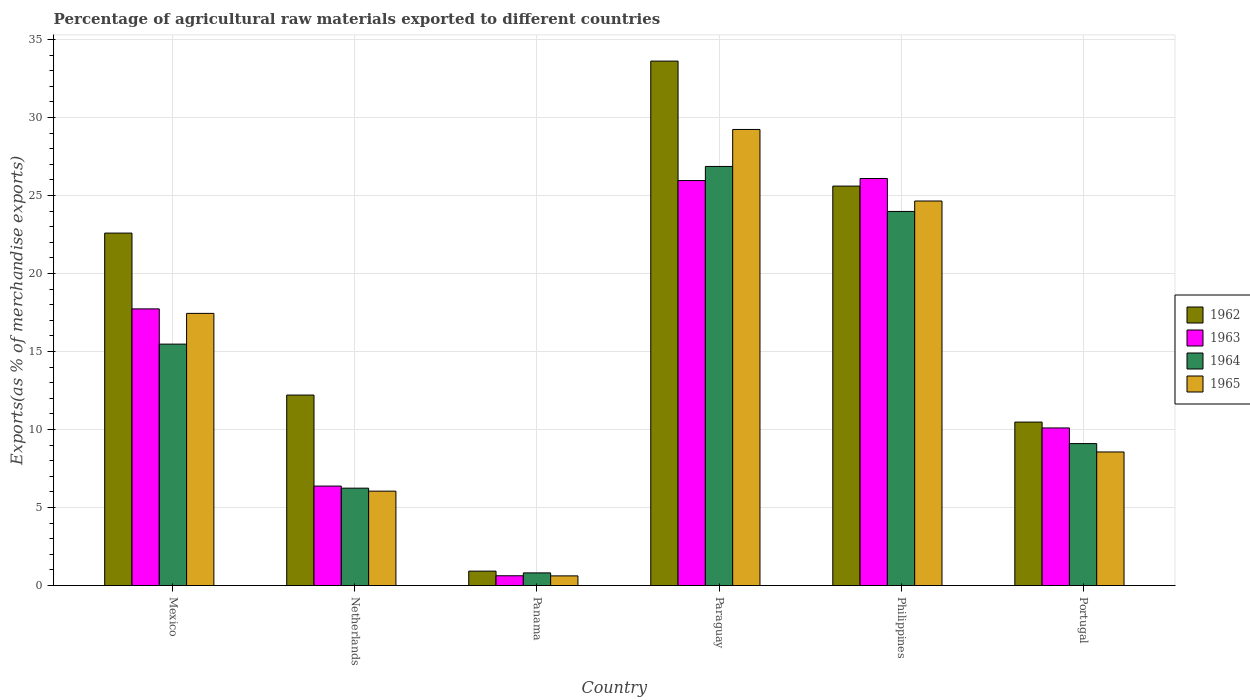
| Country | 1962 | 1963 | 1964 | 1965 |
 | --- | --- | --- | --- | --- |
 | Mexico | 22.6 | 17.7 | 15.5 | 17.4 |
 | Netherlands | 12.2 | 6.38 | 6.24 | 6.05 |
 | Panama | 0.925 | 0.628 | 0.812 | 0.621 |
 | Paraguay | 33.6 | 26 | 26.9 | 29.2 |
 | Philippines | 25.6 | 26.1 | 24 | 24.6 |
 | Portugal | 10.5 | 10.1 | 9.1 | 8.56 |